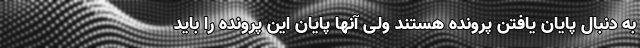
به دنبال پایان یافتن پرونده هستند ولی آنها پایان این پرونده را باید